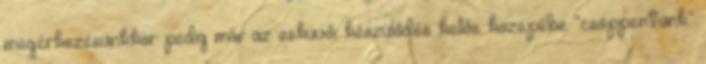
megérkezésünkkor pedig már az esküvői készülődés kellős közepébe “csöppentünk”